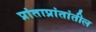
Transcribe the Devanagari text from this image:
प्रांताप्रांतांतील